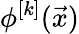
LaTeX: \phi^{[k]}(\vec{x})